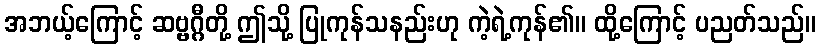
အဘယ့်ကြောင့် ဆဗ္ဗဂ္ဂီတို့ ဤသို့ ပြုကုန်သနည်းဟု ကဲ့ရဲ့ကုန်၏။ ထို့ကြောင့် ပညတ်သည်။